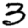
Digit: 3